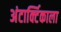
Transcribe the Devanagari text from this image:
अंटार्क्टिकाला